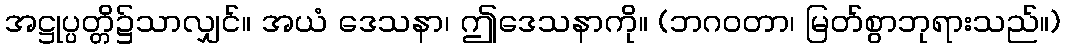
အဋ္ဌုပ္ပတ္တိ၌သာလျှင်။ အယံ ဒေသနာ၊ ဤဒေသနာကို။ (ဘဂဝတာ၊ မြတ်စွာဘုရားသည်။)